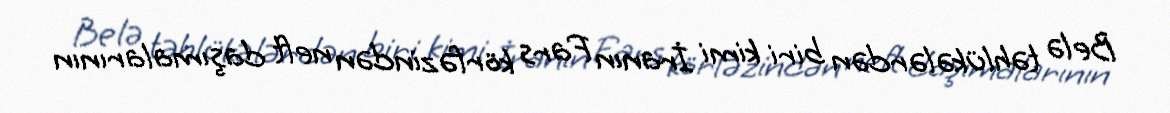
Belə təhlükələrdən biri kimi İranın Fars körfəzindən neft daşımalarının